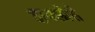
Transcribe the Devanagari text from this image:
हाबलोसे